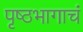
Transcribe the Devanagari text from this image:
पृष्ठभागाचं